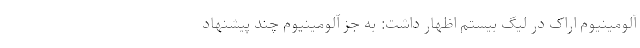
آلومینیوم اراک در لیگ بیستم اظهار داشت: به جز آلومینیوم چند پیشنهاد